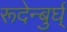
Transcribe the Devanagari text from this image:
रूदेन्बुर्घ्